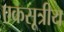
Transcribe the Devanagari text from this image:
एकसूत्रीय